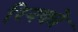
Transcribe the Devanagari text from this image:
रिनको